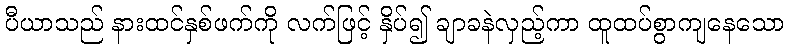
ပီယာသည် နားထင်နှစ်ဖက်ကို လက်ဖြင့် နှိပ်၍ ချာခနဲလှည့်ကာ ထူထပ်စွာကျနေသော